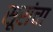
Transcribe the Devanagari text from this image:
सूरांचा